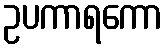
ဥပကာရကော